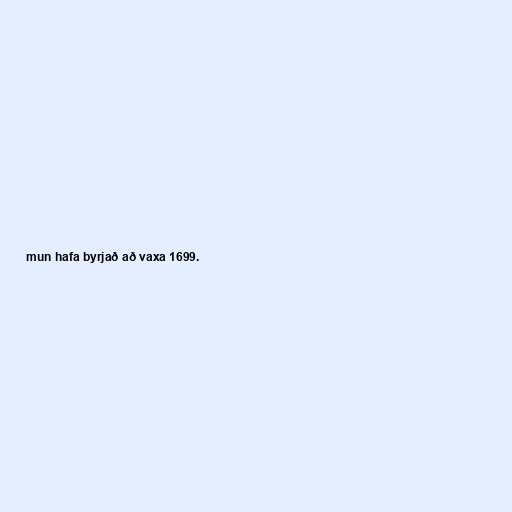
mun hafa byrjað að vaxa 1699.